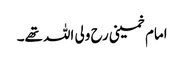
امام خمینی رح ولی اللہ تھے۔